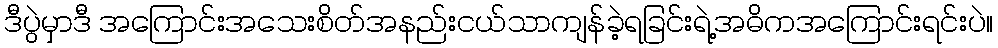
ဒီပွဲမှာဒီ အကြောင်းအသေးစိတ်အနည်းငယ်သာကျန်ခဲ့ရခြင်းရဲ့အဓိကအကြောင်းရင်းပဲ။